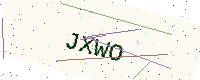
Text: JXWO